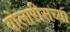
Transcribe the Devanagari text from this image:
वोलारीसच्या